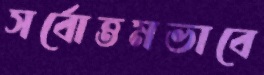
সর্বোত্তমভাবে